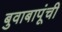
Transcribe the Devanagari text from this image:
बुवाबापूंची